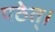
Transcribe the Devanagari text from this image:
पठेत्।